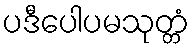
ပဒီပေါပမသုတ္တံ